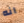
انه